Annual report of the Imperial Bacteriological Laboratory, Muktesar
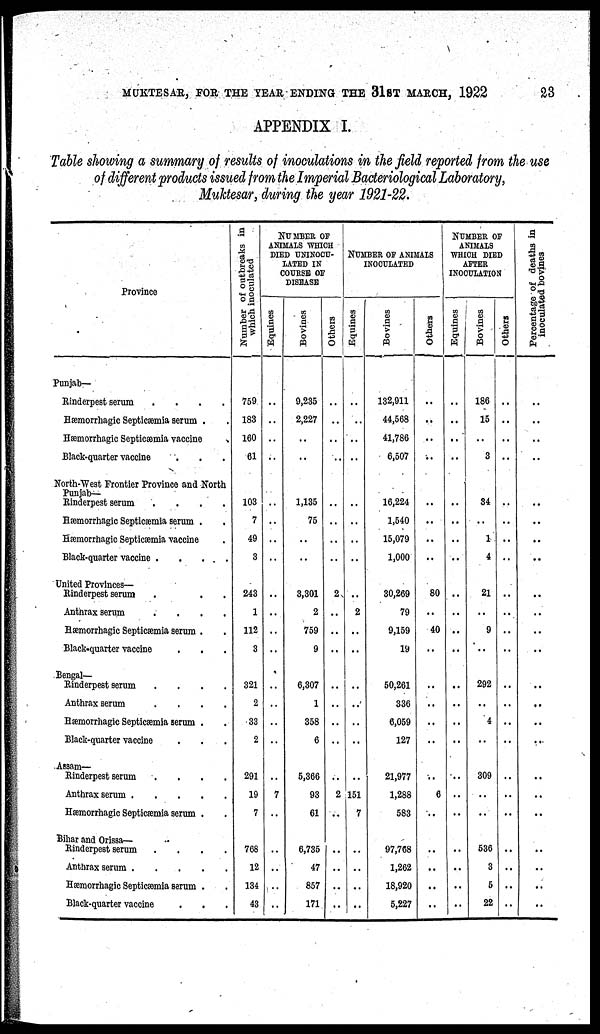
MUKTESAR, FOR THE YEAR ENDING THE 31ST MARCH, 1922
23
APPENDIX I.
Table showing a summary of results of inoculations in the field reported from the use
of different products issued from the Imperial Bacteriological Laboratory,
Muktesar, during the year 1921-22.
Province
Punjab-
Rinderpest serum
.
.
.
.
Hæmorrhagic Septicæmia serum .
Hæmorrhagic Septicæmia vaccine
Black-quarter vaccine
North-West Frontier Province and North
Punjab-
Rinderpest serum
Hæmorrhagic Septicæmia serum
Hæmorrhagic Septicæmia vaccine
Black-quarter vaccine
United Provinces—
Rinderpest serum
Anthrax serum
.
.
.
.
Hæmorrhagic Septicæmia serum .
Black-quarter vaccine
.
.
Bengal-
Rinderpest serum
Anthrax serum
Hæmorrhagic Septicæmia serum
Black-quarter vaccine
Assam-
Rinderpest serum
Anthrax serum
Hæmorrhagic Septicæmia serum
Bihar and Orissa—
Rinderpest serum
Anthrax serum
Hæmorrhagic Septicæmia serum
Black-quarter vaccine
Number of outbreaks in
which inoculated
759
183
160
61
103
7
49
3
243
1
112
3
321
2
33
2
291
19
7
768
12
134
43
NUMBER OF
ANIMALS WHICH
DIED UNINOCU-
LATED IN
COURSE OF
DISEASE
Equines
..
..
..
..
..
..
..
..
..
..
..
..
..
..
..
..
..
7
..
..
..
..
..
Bovines
9,235
2,227
..
..
1,135
75
..
..
3,301
2
759
9
6,307
1
358
6
5,366
93
61
6,735
47
857
171
Others
..
..
..
..
..
..
..
..
2
..
..
..
..
..
..
..
..
2
..
..
..
..
..
NUMBER OF ANIMALS
INOCULATED
Equines
..
..
..
..
..
..
..
..
..
2
..
..
..
..
..
..
..
151
7
..
..
..
..
Bovines
132,911
44,568
41,786
6,507
16,224
1,540
15,079
1,000
30,269
79
9,159
19
50,261
336
6,059
127
21,977
1,288
583
97,768
1,262
18,920
5,227
Others
..
..
..
..
..
..
..
..
80
..
40
..
..
..
..
..
6
..
..
..
..
..
NUMBER OF
ANIMALS
WHICH DIED
AFTER
INOCULATION
Equines
..
..
..
..
..
..
..
..
..
..
..
..
..
..
..
..
..
..
..
..
..
..
..
Bovines
186
15
..
3
34
..
1
4
21
..
9
..
292
..
4
..
309
..
..
536
3
5
22
Others
..
..
..
..
..
..
..
..
..
..
..
..
..
..
..
..
..
..
..
..
..
..
..
Percentage of deaths in
inoculated bovines
..
..
..
..
..
..
..
..
..
..
..
..
..
..
..
..
..
..
..
..
..
..